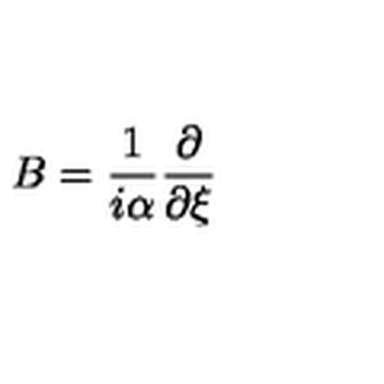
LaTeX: B = \frac { 1 } { i \alpha } \frac { \partial } { \partial \xi }